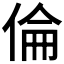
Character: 倫